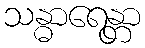
သန္ဓာရေန္တာ